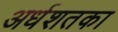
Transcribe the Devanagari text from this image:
अर्धशतका